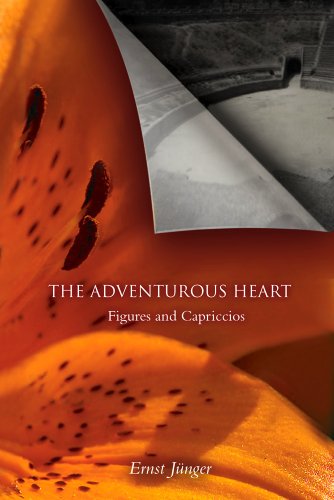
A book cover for The Adventurous Heart: Figures and Capriccios; Ernst JÃ¼nger; Gay & Lesbian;